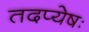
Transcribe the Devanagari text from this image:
तदप्येषः